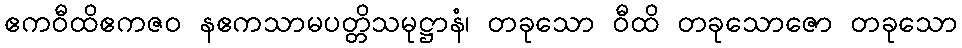
ဧကဝီထိဧကဇဝ နဧကသာမပတ္တိသမုဋ္ဌာနံ၊ တခုသော ဝီထိ တခုသောဇော တခုသော